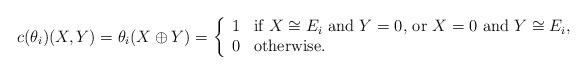
LaTeX: \begin{align*} c(\theta_i)(X,Y) = \theta_i(X\oplus Y) = \left\{ \begin{array}{ll} 1 & \mbox{if $X\cong E_i$ and $Y=0$, or $X=0$ and $Y\cong E_i$,} \\ 0 & \mbox{otherwise.} \end{array} \right.\end{align*}